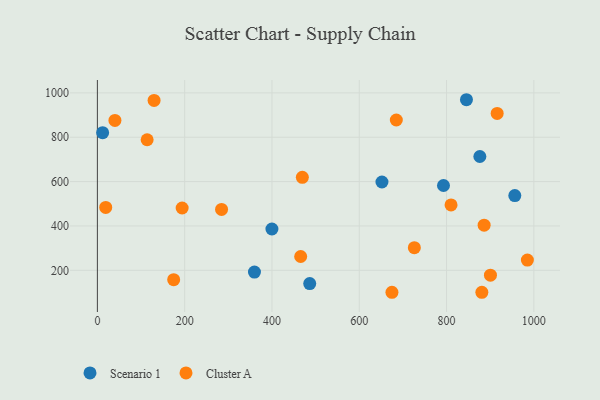
{"axis": {"x": "Study Hours", "y": "Yield"}, "legend": ["Cluster A", "Scenario 1"], "data": [{"x": "956.4", "y": 536.9, "type": "Scenario 1"}, {"x": "652.0", "y": 598.1, "type": "Scenario 1"}, {"x": "359.9", "y": 191.9, "type": "Scenario 1"}, {"x": "399.9", "y": 386.3, "type": "Scenario 1"}, {"x": "845.6", "y": 969.1, "type": "Scenario 1"}, {"x": "793.0", "y": 582.4, "type": "Scenario 1"}, {"x": "12.0", "y": 820.7, "type": "Scenario 1"}, {"x": "486.5", "y": 140.1, "type": "Scenario 1"}, {"x": "876.3", "y": 713.2, "type": "Scenario 1"}, {"x": "465.8", "y": 262.2, "type": "Cluster A"}, {"x": "900.6", "y": 178.0, "type": "Cluster A"}, {"x": "19.1", "y": 483.4, "type": "Cluster A"}, {"x": "985.2", "y": 245.9, "type": "Cluster A"}, {"x": "880.9", "y": 100.9, "type": "Cluster A"}, {"x": "726.2", "y": 302.1, "type": "Cluster A"}, {"x": "469.6", "y": 619.4, "type": "Cluster A"}, {"x": "674.9", "y": 100.9, "type": "Cluster A"}, {"x": "886.1", "y": 403.6, "type": "Cluster A"}, {"x": "174.8", "y": 157.5, "type": "Cluster A"}, {"x": "684.9", "y": 877.7, "type": "Cluster A"}, {"x": "810.3", "y": 494.6, "type": "Cluster A"}, {"x": "194.2", "y": 480.8, "type": "Cluster A"}, {"x": "916.0", "y": 907.3, "type": "Cluster A"}, {"x": "284.5", "y": 474.5, "type": "Cluster A"}, {"x": "129.9", "y": 966.1, "type": "Cluster A"}, {"x": "40.2", "y": 875.8, "type": "Cluster A"}, {"x": "114.0", "y": 788.6, "type": "Cluster A"}]}